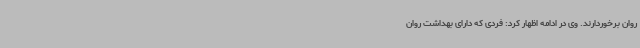
روان برخوردارند. وی در ادامه اظهار کرد: فردی که دارای بهداشت روان